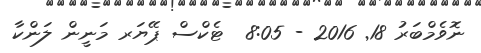
ނޮވެމްބަރު 18